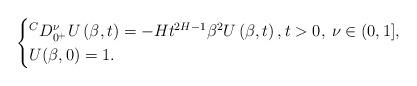
\begin{align*}\begin{cases}{}^C D_{0^+}^\nu U \left( \beta,t \right) =- H t^{2H-1} \beta^2 U \left( \beta, t \right),t>0, \: \nu \in (0,1], \\U (\beta,0)=1.\end{cases}\end{align*}